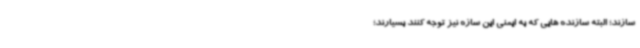
سازند؛ البته سازنده هایی که به ایمنی این سازه نیز توجه کنند بسیارند؛